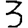
Digit: 3